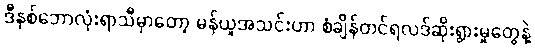
ဒီနှစ်ဘောလုံးရာသီမှာတော့ မန်ယူအသင်းဟာ စံချိန်တင်ရလဒ်ဆိုးရွားမှုတွေနဲ့